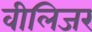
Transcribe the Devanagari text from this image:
वीलिजर